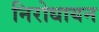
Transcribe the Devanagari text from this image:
निरोधायन